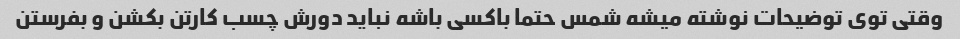
وقتی توی توضیحات نوشته میشه شمس حتما باکسی باشه نباید دورش چسب کارتن بکشن و بفرستن